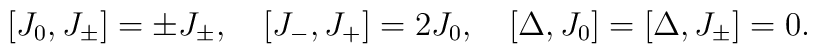
[J_0,J_\pm]=\pm J_\pm,\quad [J_-,J_+]=2J_0,\quad[\Delta,J_0]=[\Delta,J_\pm]=0.